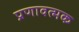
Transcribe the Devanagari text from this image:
प्रणावत्मक